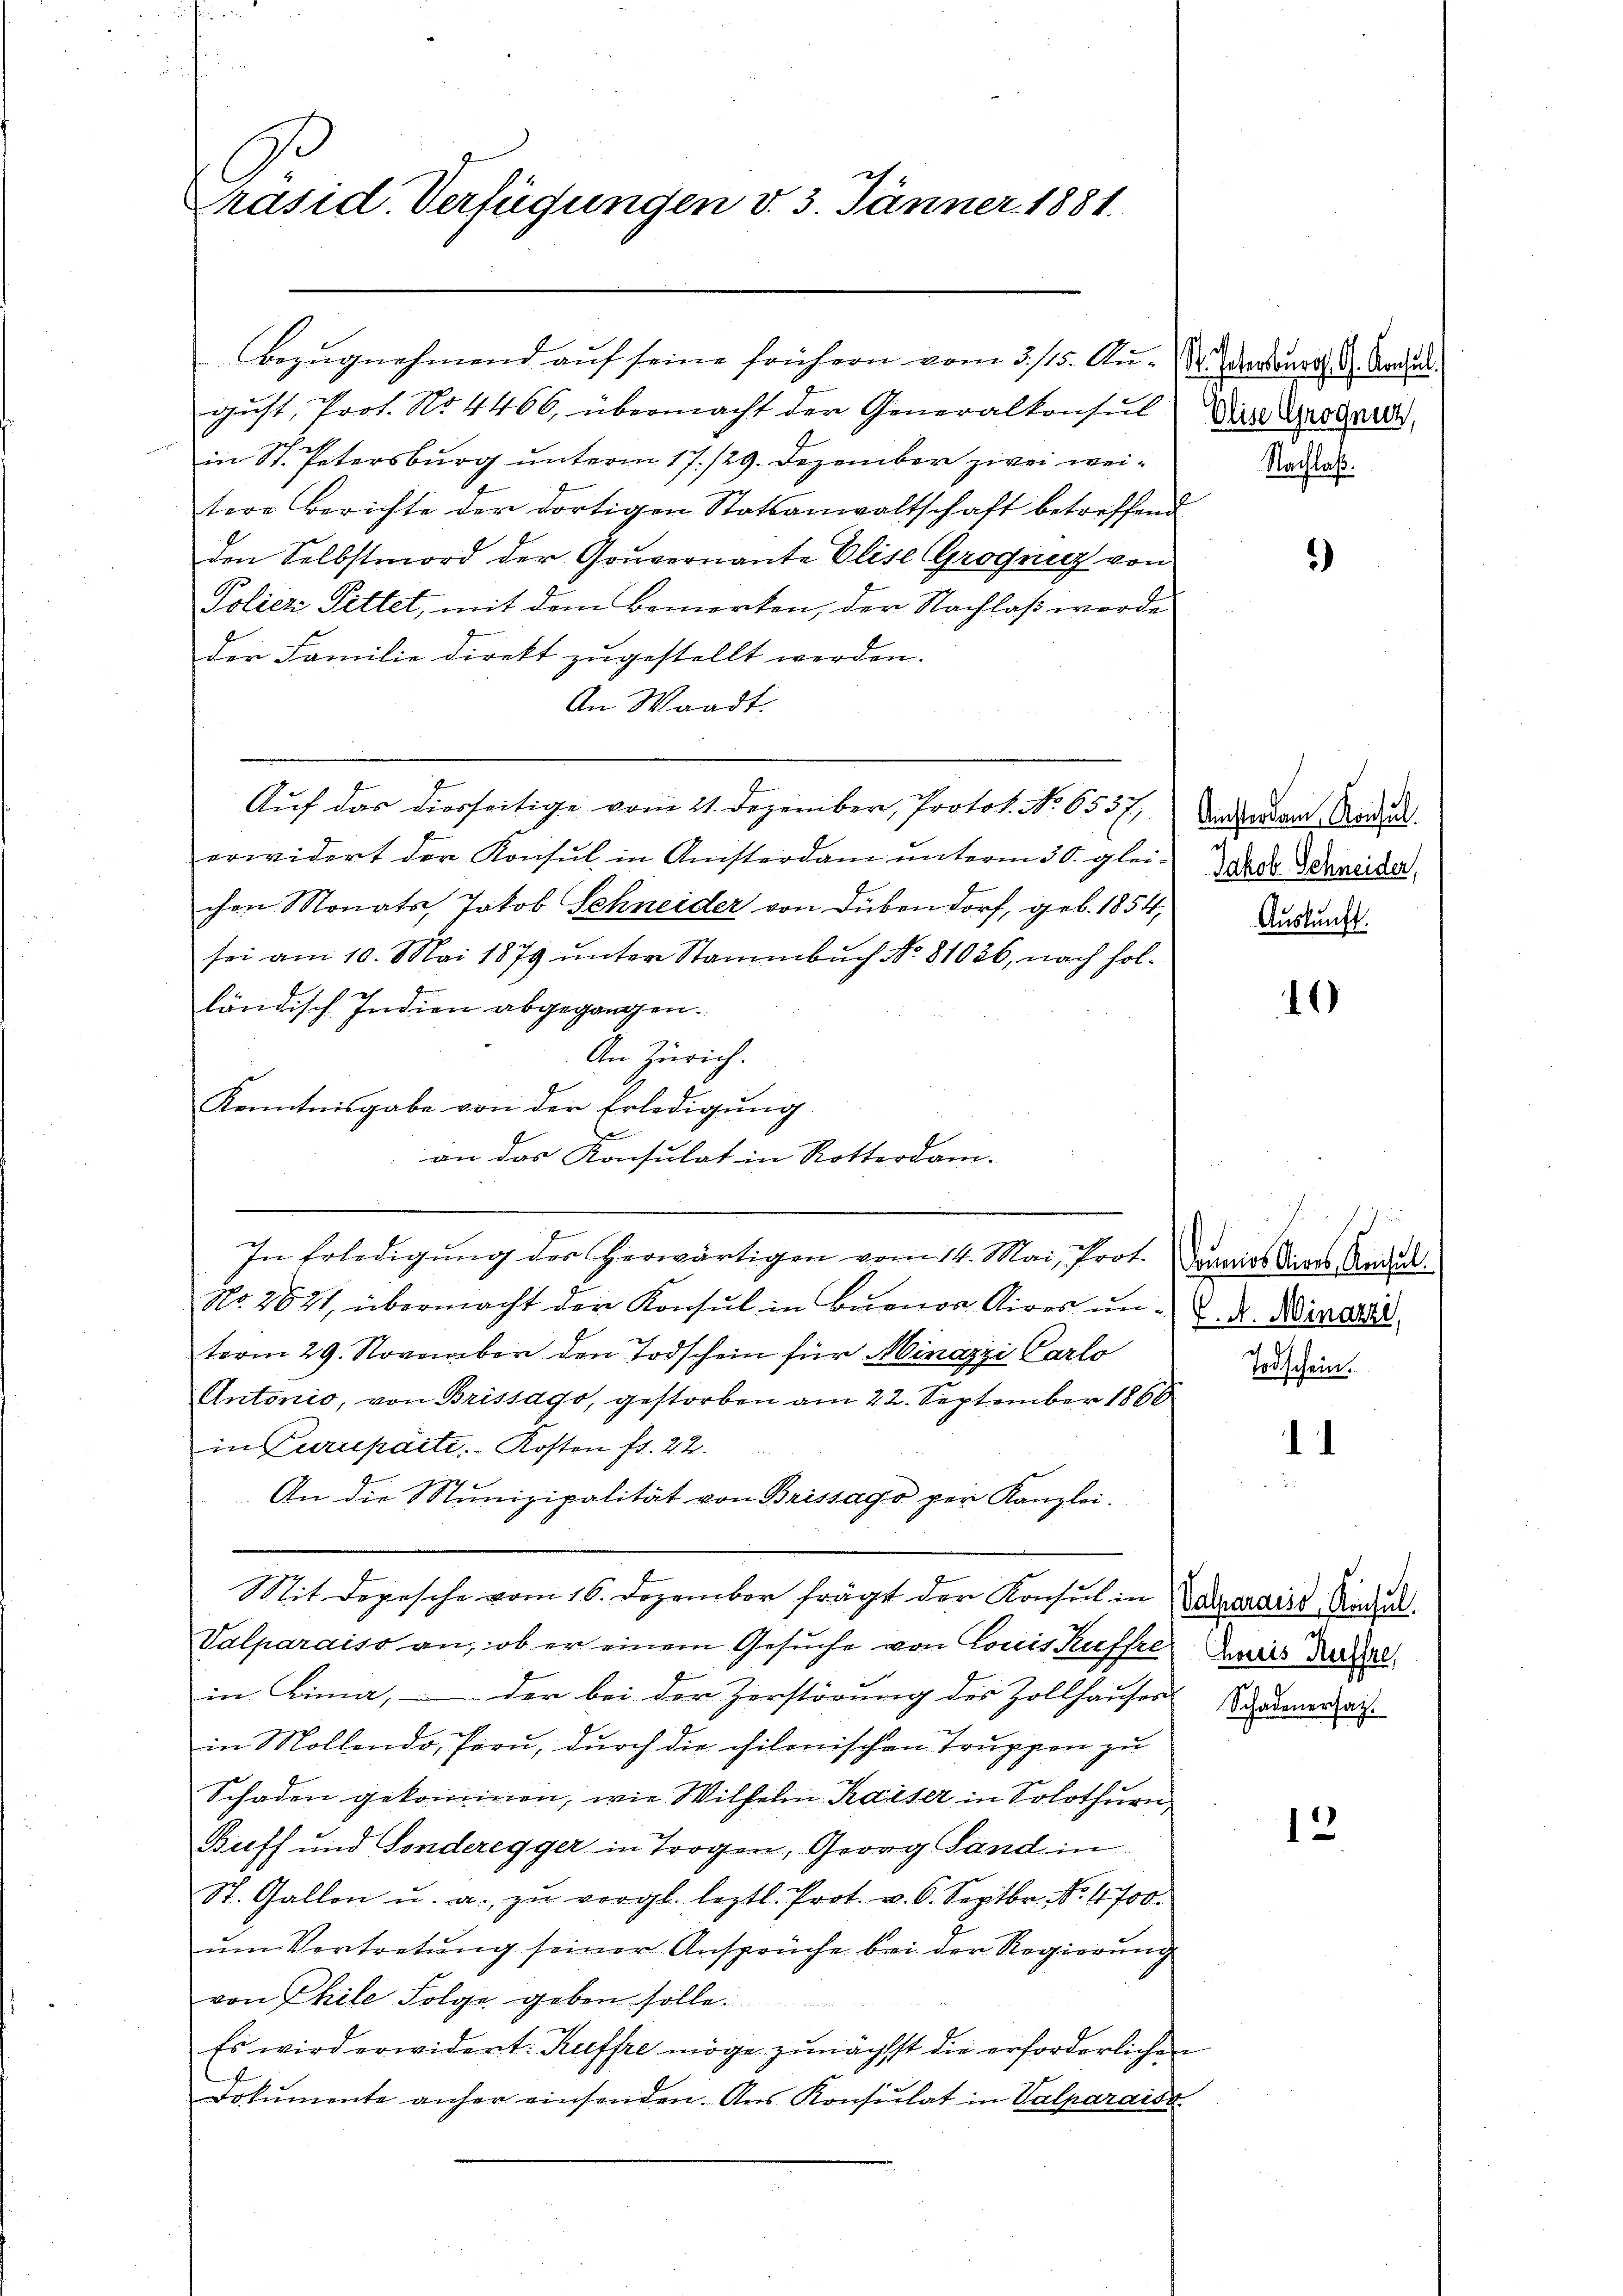
räsid. Verfügungen v. 3. Jänner 1881.

Bezugnahmend auf seine frühern vom 3. 115. Au- Dr. Werteurs d. Aaraus.
gust, Prof. No 4466, übermacht der Generalkonsul
in St. Petersburg unterm 17./29. Dezember zwei weitere Berichte der dortigen Statsanwaltschaft betreffend
den Selbstmord der Gouvernante Elise Grogniz von
Poliez Pittet, mit dem Bemerken, der Nachlaß werde
der Familie direkt zugestellt werden.
An Waadt.
Auf das diesseitige vom 21. Dezember, Protok. No. 6537,
erwidert der Konsul in Ansterdam unterm 30. glei
chen Monats Jakob Schneider von Dübendorf, geb. 1854 Verwandt
sei am 10. Mai 1879 unter Stammbuch No. 81036, nach holländisch Indien abgegangen.
An Zürich.
Kenntnisgabe von der Erledigung
an das Konsulat in Rotterdam.
In Erledigung des Herwärtigen vom 14. Mai, Prot. Dranos Aires Andel¬
No. 2621, übermacht der Konsul in Buenos Aires unterm 29. November den Todschein für Minazzi Carlo
Antonio, von Brissago, gestorben am 22. September 1860
in Curupaite Kosten fr. 22.
An die Munizipalität von Brissago per Kanzlei.
Mit Depesche vom 16. Dezember frägt der Konsul in Baudrains Rades.
Valparaiso an, ob er einem Gesuche von Louis Kufste Zweis Ruhel
in Lina, - der bei der Zerstörung des Zollhauser Schadenerzei
in Mollendo, Peru, durch die chilonischen Truppen zu
Schaden gekommen, wie Wilhelm Kaiser in Solothurn
Baff und Sonderegger in Trogen, Georg Land in
St. Gallen u. a. zŭ vergl. leztl. Prot. u. 6. Septbr. No. 4700.
ŭm Vortretung seiner Ansprüche bei der Regierung
von Chile Folge geben solle.
Es wird erwidert. Kuffre möge zunächst die erforderlichen
Dokumente anher einsenden. Aus Konsulat in Valparaiso

Olise Grognez,
Nachlaß.

)

Amsterdam Konsul.
Jakob Schneider,

10

K. A. Minazzi,
Todschein.

d

2